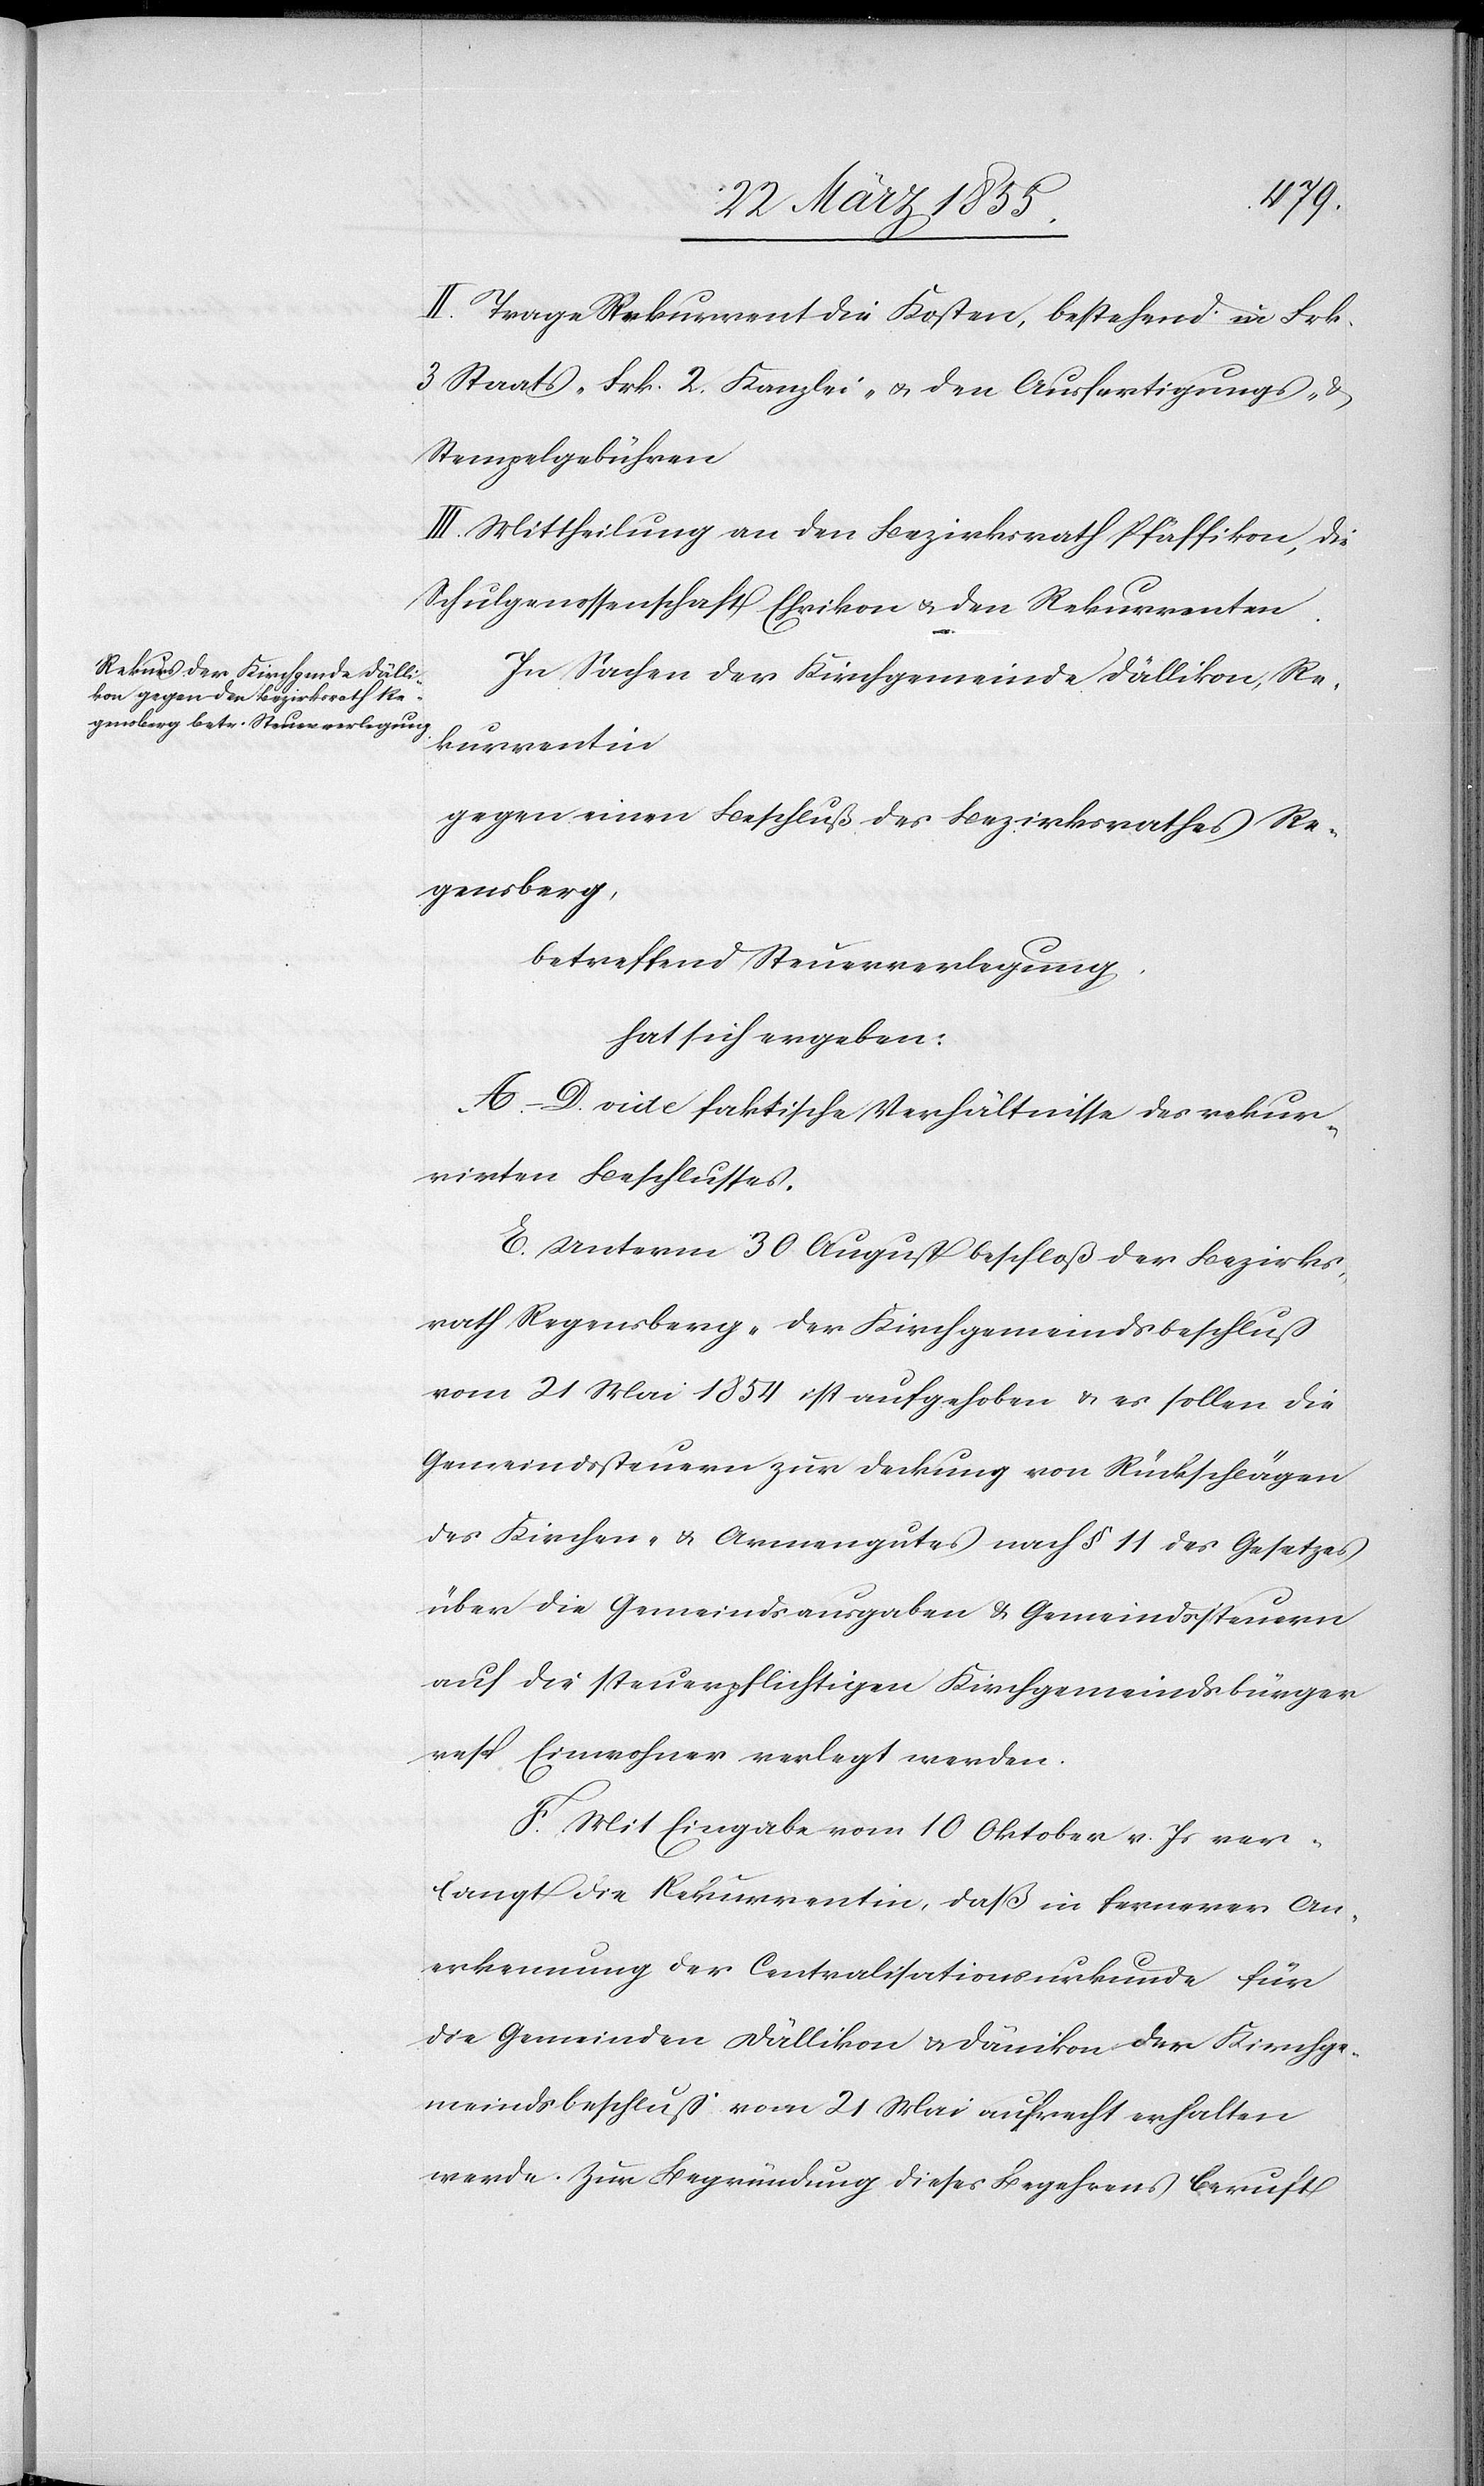
II. Trage Rekurrent die Kosten, bestehend in Frk.
3 Staats-[,] Frk. 2 Kanzlei- & den Ausfertigungs- &
Stempelgebühren
III. Mittheilung an den Bezirksrath Pfäffikon, die
Schulgenossenschaft Ehrikon & den Rekurrenten.
In Sachen der Kirchgemeinde Dällikon, Re¬
kurrentin
gegen einen Beschluß des Bezirksrathes Re¬
gensberg,
betreffend Steuerverlegung,
hat sich ergeben:
A.–D. vide faktische Verhältnisse des rekur¬
rirten Beschlusses.
E. Unterm 30 August beschloß der Bezirks¬
rath Regensberg „der Kirchgemeindsbeschluß
vom 21 Mai 1854 ist aufgehoben & es sollen die
Gemeindssteuern zur Deckung von Rückschlägen
des Kirchen- & Armengutes nach § 11 des Gesetzes
über die Gemeindsausgaben & Gemeindssteuern
auf die steuerpflichtigen Kirchgemeindsbürger
resp. Einwohner verlegt werden.[“]
F. Mit Eingabe vom 10 Oktober v. Js ver¬
langt die Rekurrentin, daß in fernerer An¬
erkennung der Centralisationsurkunde für
die Gemeinden Dällikon & Dänikon der Kirchge¬
meindsbeschluß vom 21 Mai aufrecht erhalten
werde. Zur Begründung dieses Begehrens beruft